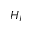
H _ { I }